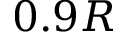
0 . 9 R